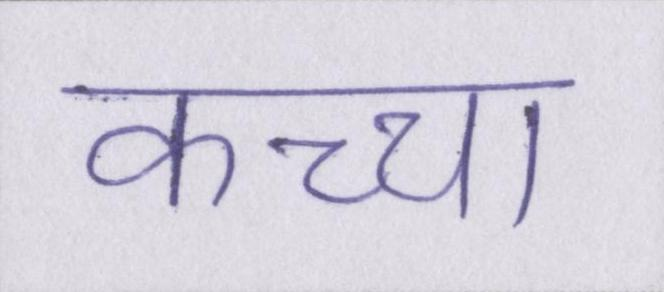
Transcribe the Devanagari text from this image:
कच्चा